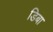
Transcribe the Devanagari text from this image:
डिबा